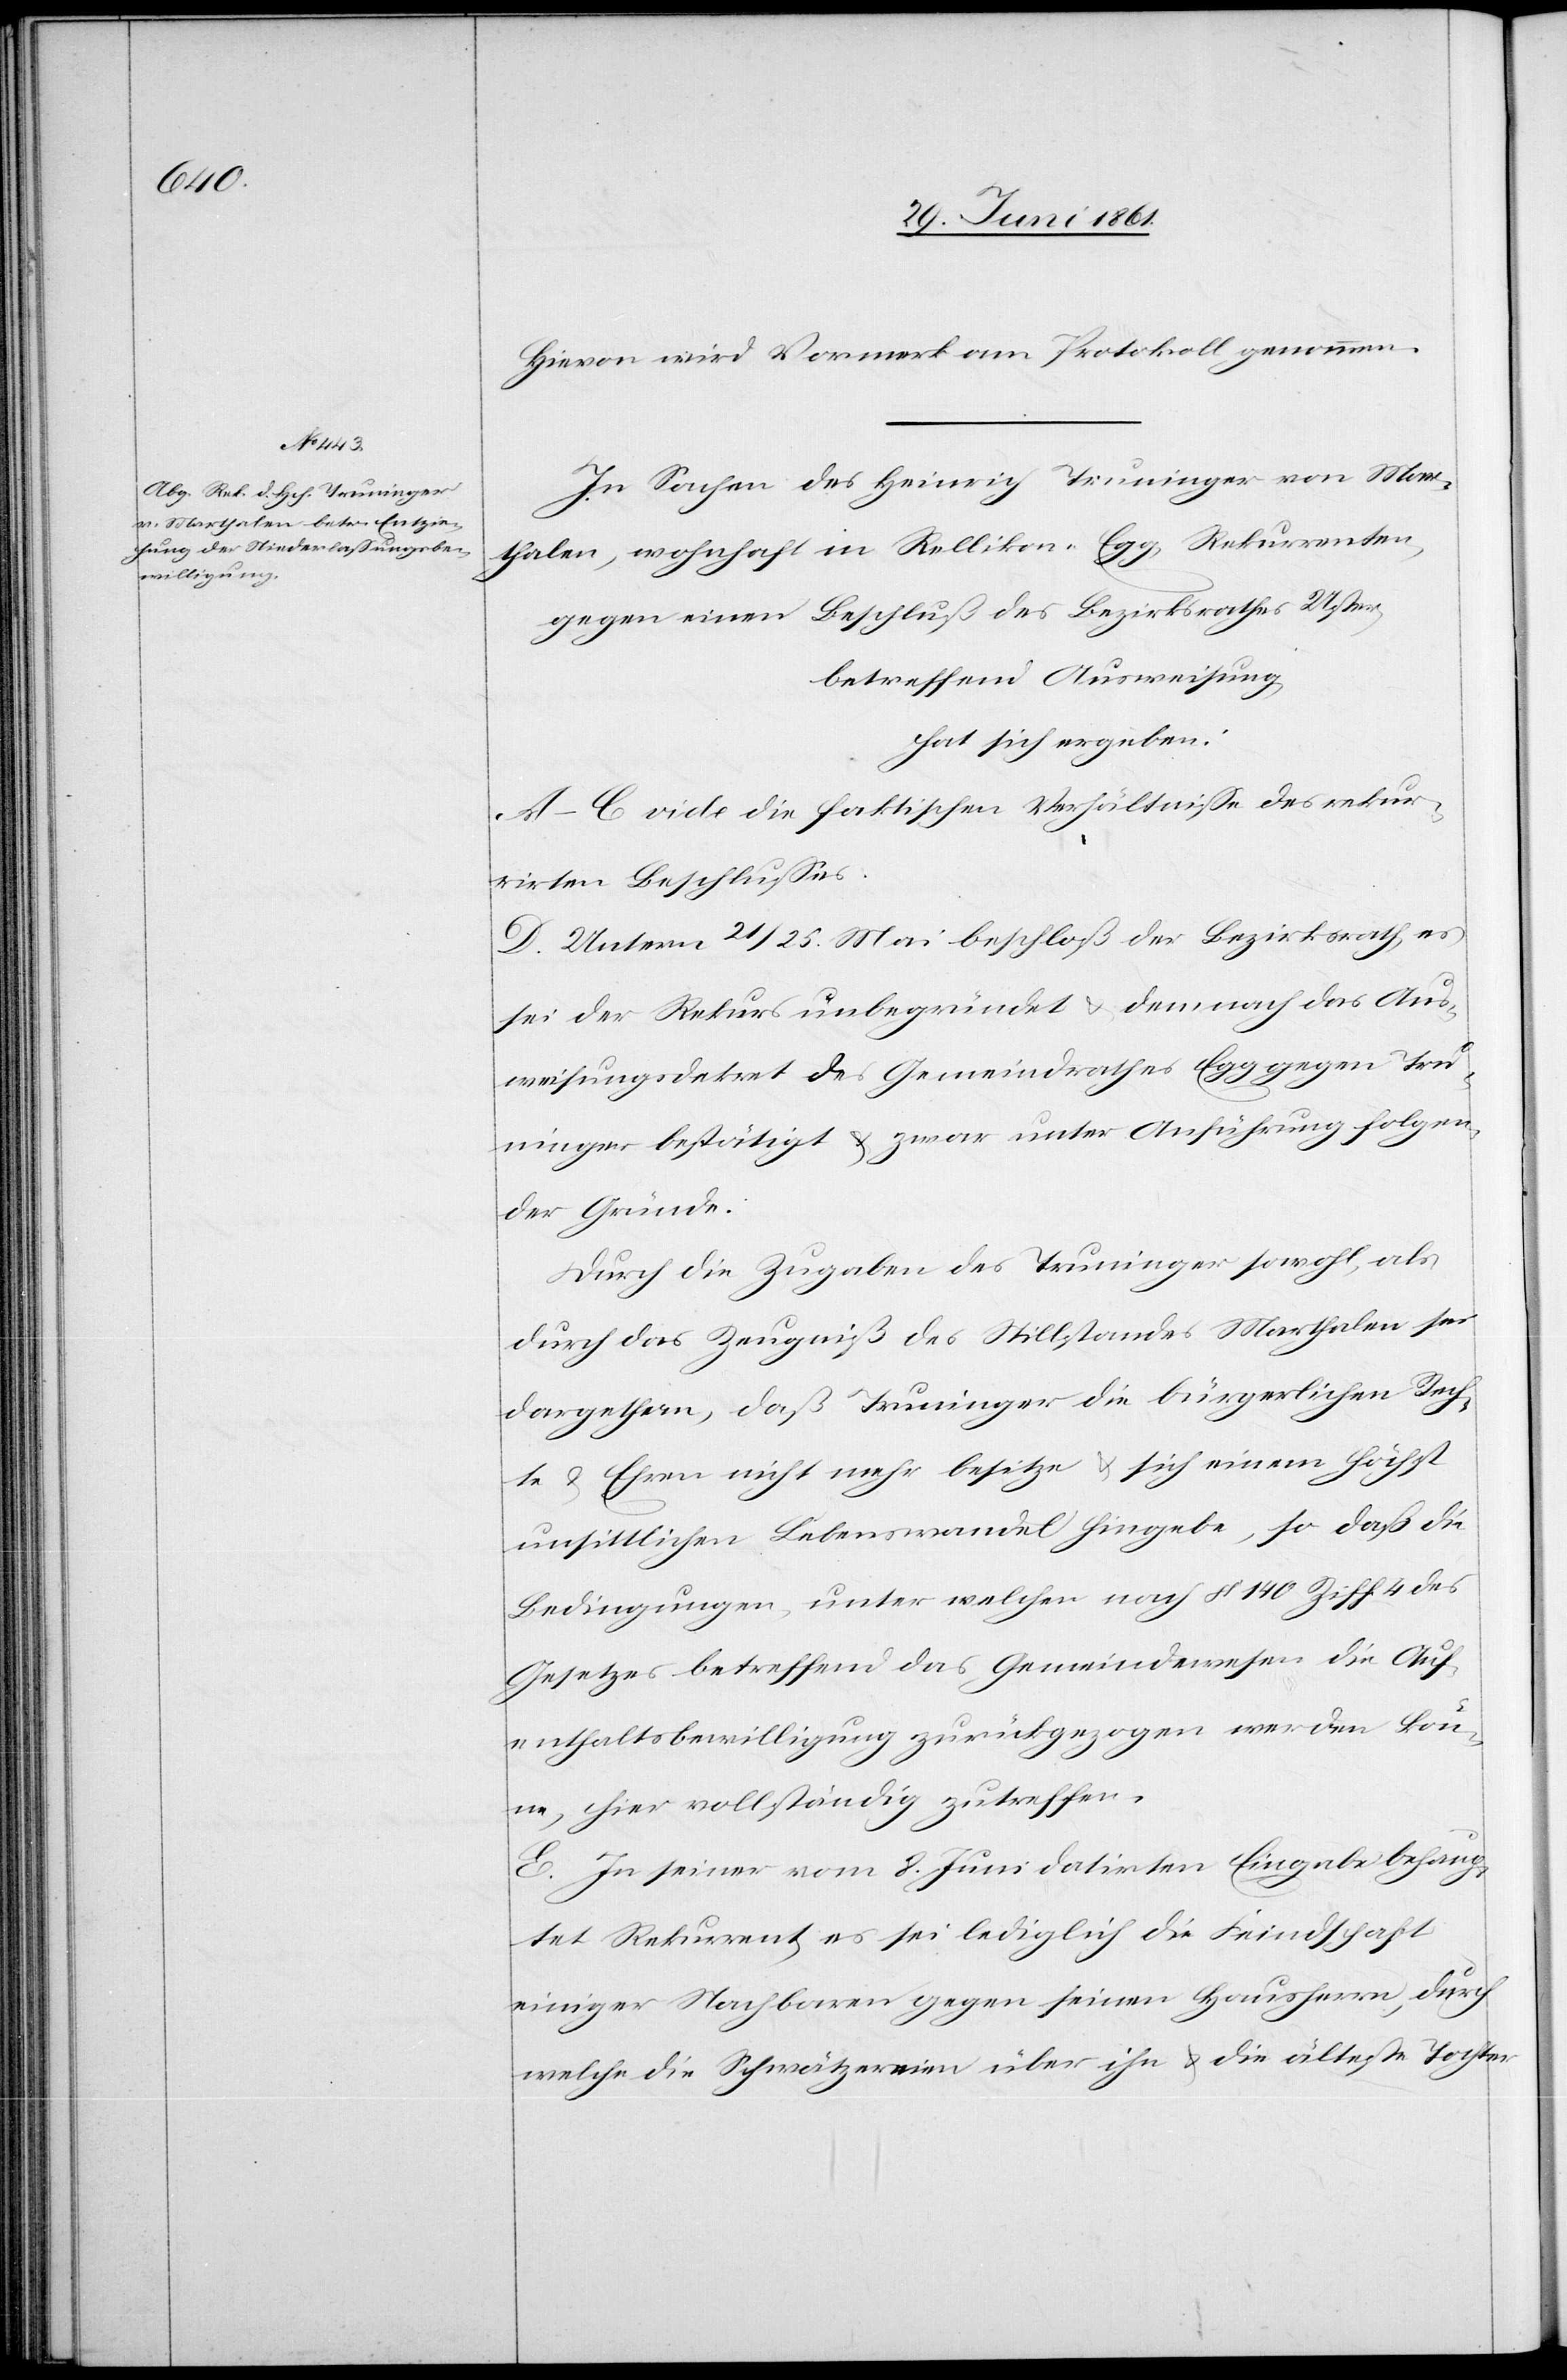
Hievon wird Vormerk am Protokoll genommen.
In Sachen des Heinrich Truninger von Mar¬
thalen, wohnhaft in Rellikon-Egg, Rekurrenten,
gegen einen Beschluß des Bezirksrathes Uster
betreffend Ausweisung,
hat sich ergeben:
A.–C. vide die faktischen Verhältnisse des rekur¬
rirten Beschlusses.
D. Unterm 21/.25. Mai beschloß der Bezirksrath, es
sei der Rekurs unbegründet u. demnach das Aus¬
weisungsdekret des Gemeindrathes Egg gegen Tru¬
ninger bestätigt u. zwar unter Anführung folgen¬
der Gründe:
Durch die Zugaben des Truninger sowohl, als
durch das Zeugniß des Stillstandes Marthalen sei
dargethan, daß Truninger die bürgerlichen Rech¬
te u. Ehren nicht mehr besitze u. sich einem höchst
unsittlichen Lebenswandel hingebe, so daß die
Bedingungen, unter welchen nach § 140 Ziff. 4 des
Gesetzes betreffend das Gemeindewesen die Auf¬
enthaltsbewilligung zurückgezogen werden kön¬
ne, hier vollständig zutreffen.
E. In seiner vom 8. Juni datirten Eingabe behaup¬
tet Rekurrent, es sei lediglich die Feindschaft
einiger Nachbaren gegen seinen Hausherrn, durch
welche die Schwätzereien über ihn u. die älteste Tochter